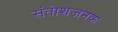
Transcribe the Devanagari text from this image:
संतोशजनक